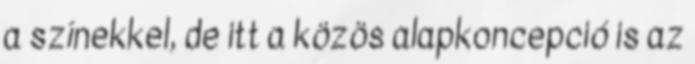
a színekkel, de itt a közös alapkoncepció is az